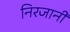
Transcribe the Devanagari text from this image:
निरजानी